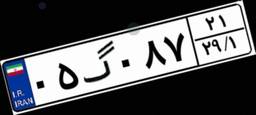
۶۲گ۱۶۶۸۰